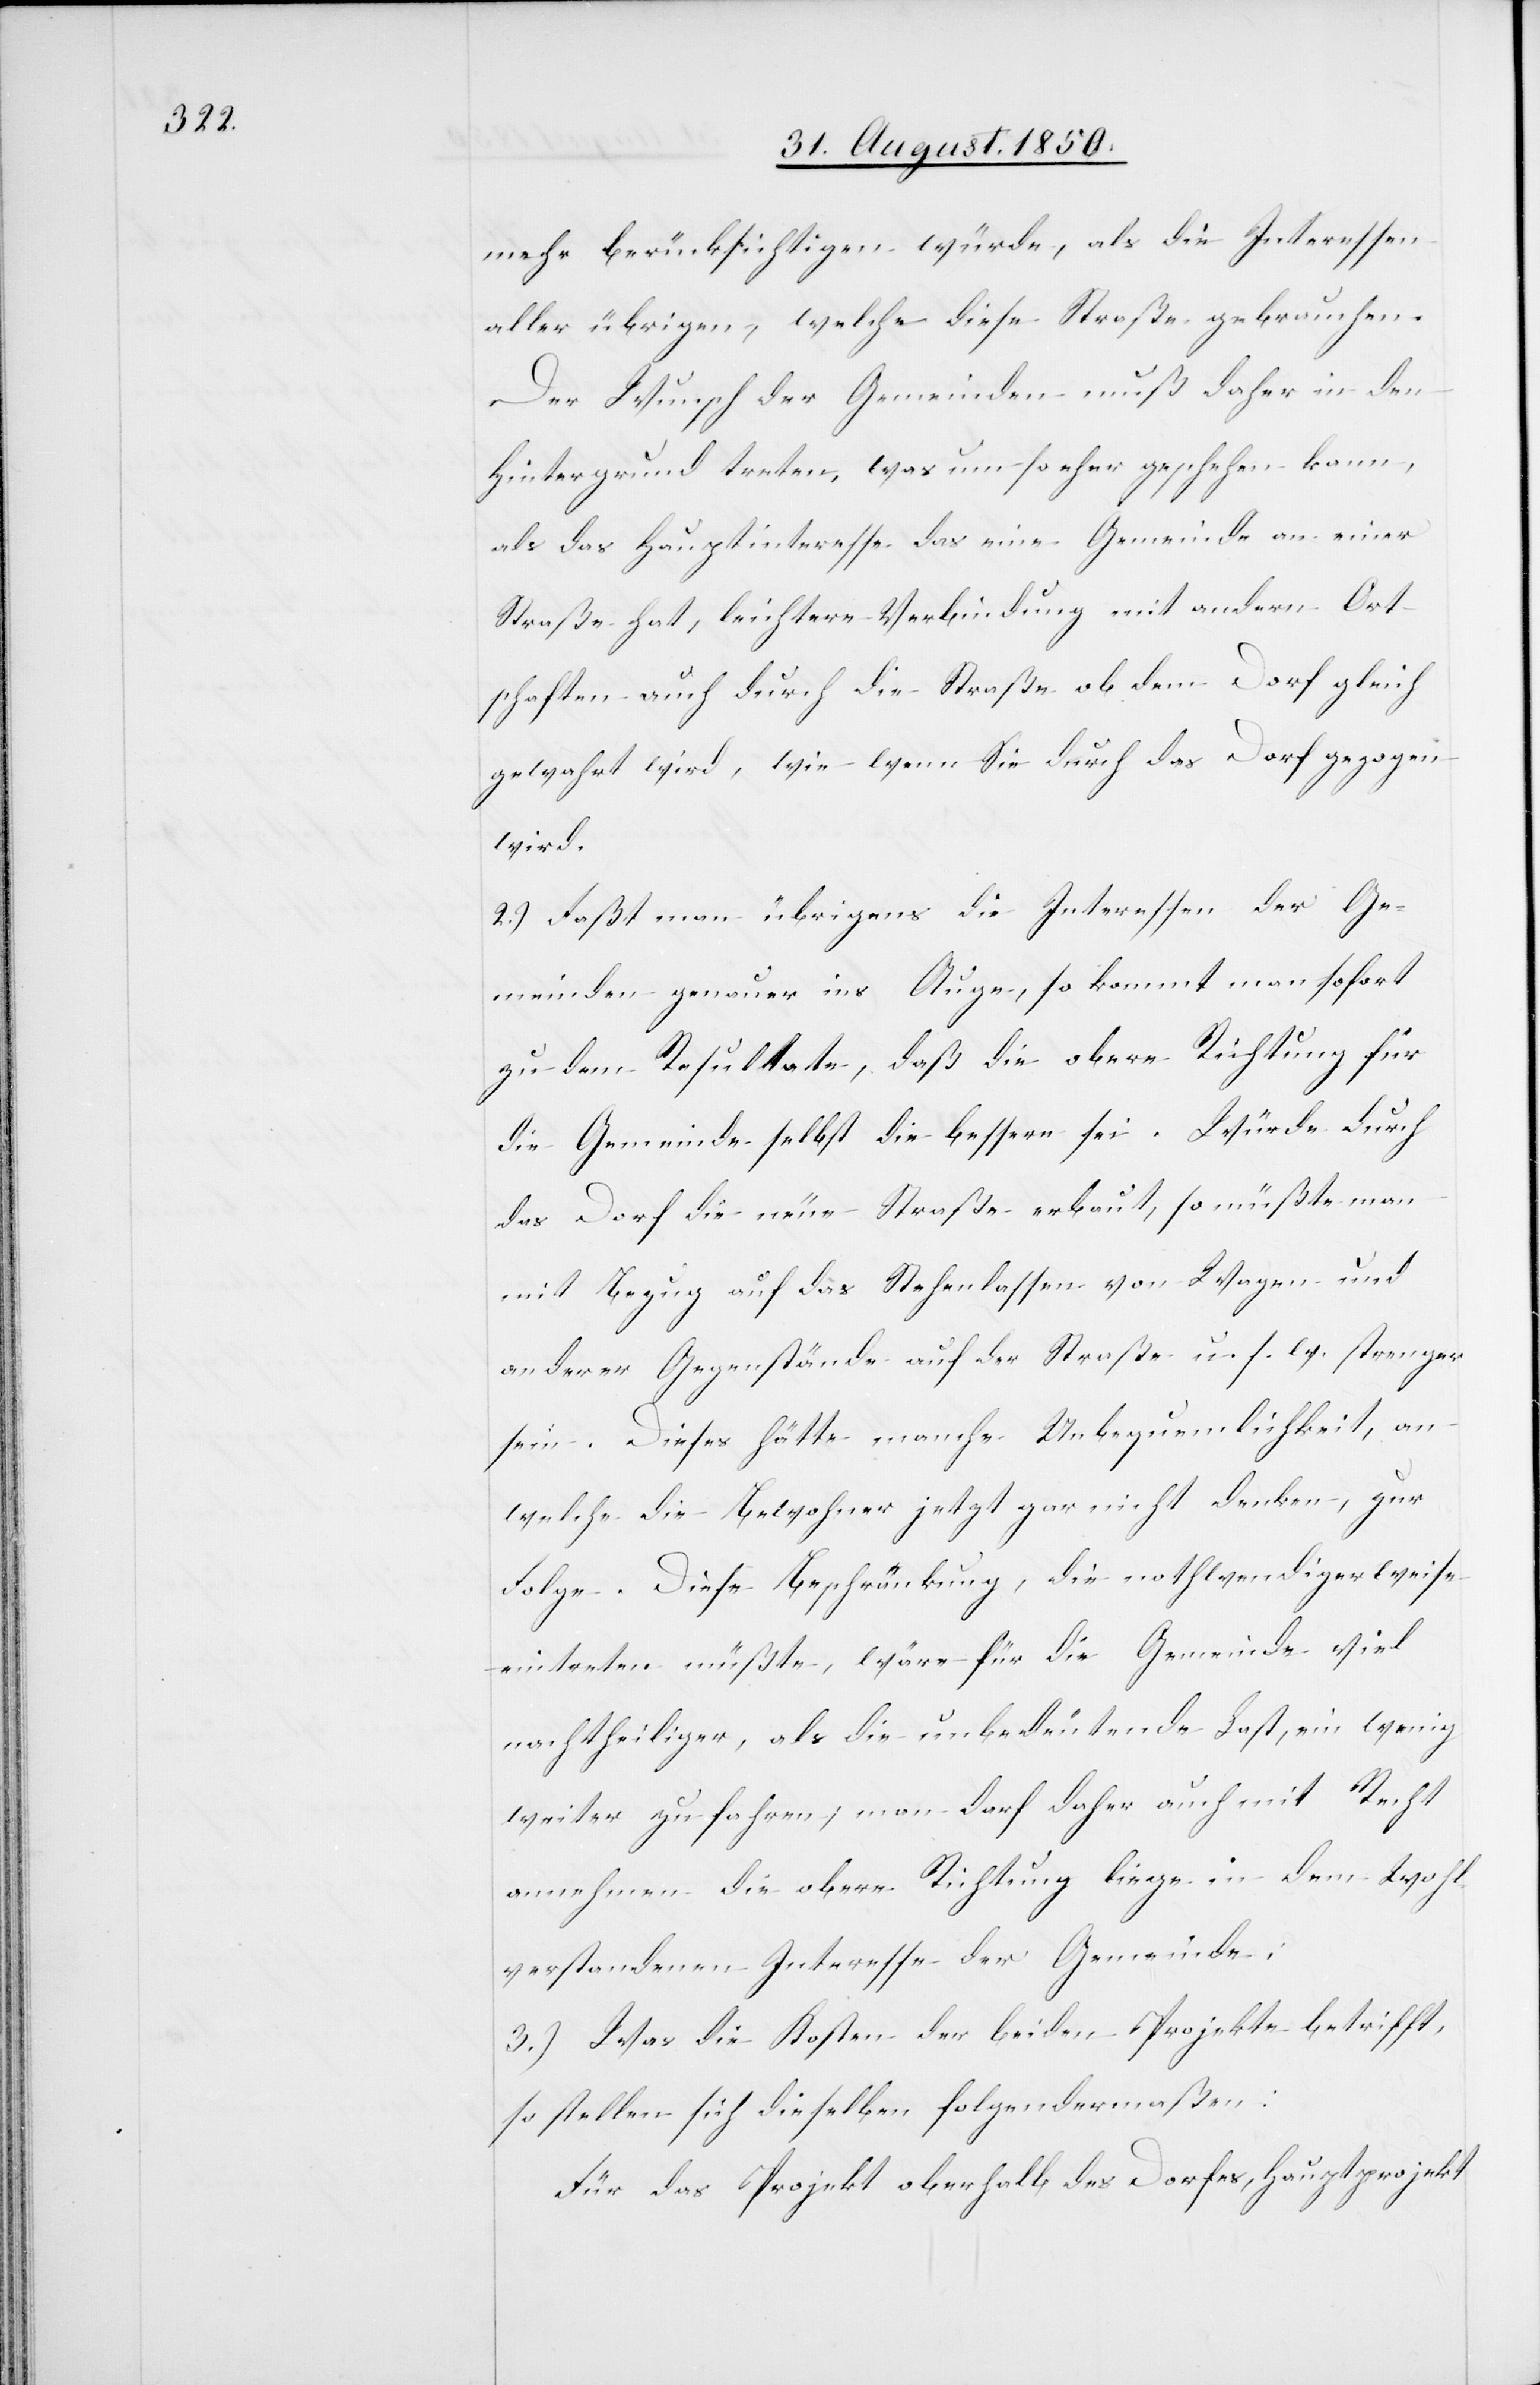
mehr berücksichtigen würde, als die Interessen
aller übrigen, welche diese Straße gebrauchen.
Der Wunsch der Gemeinden muß daher in den
Hintergrund treten, was um so eher geschehen kann,
als das Hauptinteresse das eine Gemeinde an einer
Straße hat, leichtere Verbindung mit andern Ort¬
schaften auch durch die Straße ob dem Dorf gleich
gewahrt wird, wie wenn Sie durch das Dorf gezogen
wird.
2.) Faßt man übrigens die Interessen der Ge¬
meinden genauer ins Auge, so kommt man sofort
zu dem Resultate, daß die obere Richtung für
die Gemeinde selbst die bessere sei. Würde durch
das Dorf die neue Straße erbaut, so müßte man
mit Bezug auf das Stehenlassen von Wagen und
anderer Gegenstände auf der Straße u. s. w. strenger
sein. Dieses hätte manche Unbequemlichkeit, an
welche die Bewohner jetzt gar nicht denken, zur
Folge. Diese Beschränkung, die nothwendigerweise
eintreten müßte, wäre für die Gemeinde viel
nachtheiliger, als die unbedeutende Last, ein wenig
weiter zu fahren; man darf daher auch mit Recht
annehmen die obere Richtung liege in dem wohl¬
verstandenen Interesse der Gemeinde.
3.) Was die Kosten der beiden Projekte betrifft,
so stellen sich dieselben folgendermaßen:
Für das Projekt oberhalb des Dorfes, Hauptprojekt